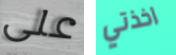
على اخذتي